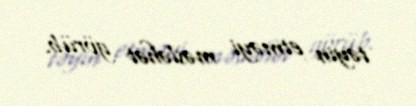
təyin etməyi məsləhət görüb.